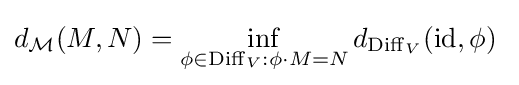
d_{\mathcal {M}}(M,N)=\inf _{\phi \in \operatorname {Diff} _{V}:\phi \cdot M=N}d_{\mathrm {Diff} _{V}}(\operatorname {id} ,\phi )\